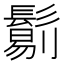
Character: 𩮜